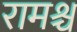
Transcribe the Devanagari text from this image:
रामश्च